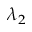
\lambda _ { 2 }